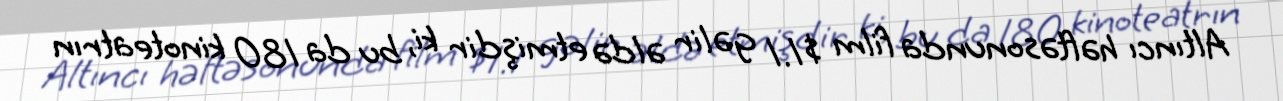
Altıncı həftəsonunda film $1.1 gəlir əldə etmişdir ki, bu da 180 kinoteatrın